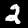
Label: 2